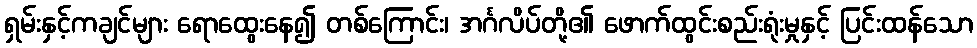
ရှမ်းနှင့်ကချင်များ ရောထွေးနေ၍ တစ်ကြောင်း၊ အင်္ဂလိပ်တို့၏ ဖောက်ထွင်းစည်းရုံးမှုနှင့် ပြင်းထန်သော